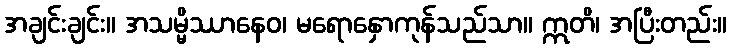
အချင်းချင်း။ အသမ္မိဿာနေဝ၊ မရောနှောကုန်သည်သာ။ ဣတိ၊ အပြီးတည်း။